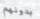
بدونهم